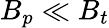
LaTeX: B_{p}\ll B_{t}